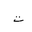
Letter: _ta